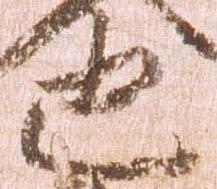
也